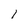
Character: 1